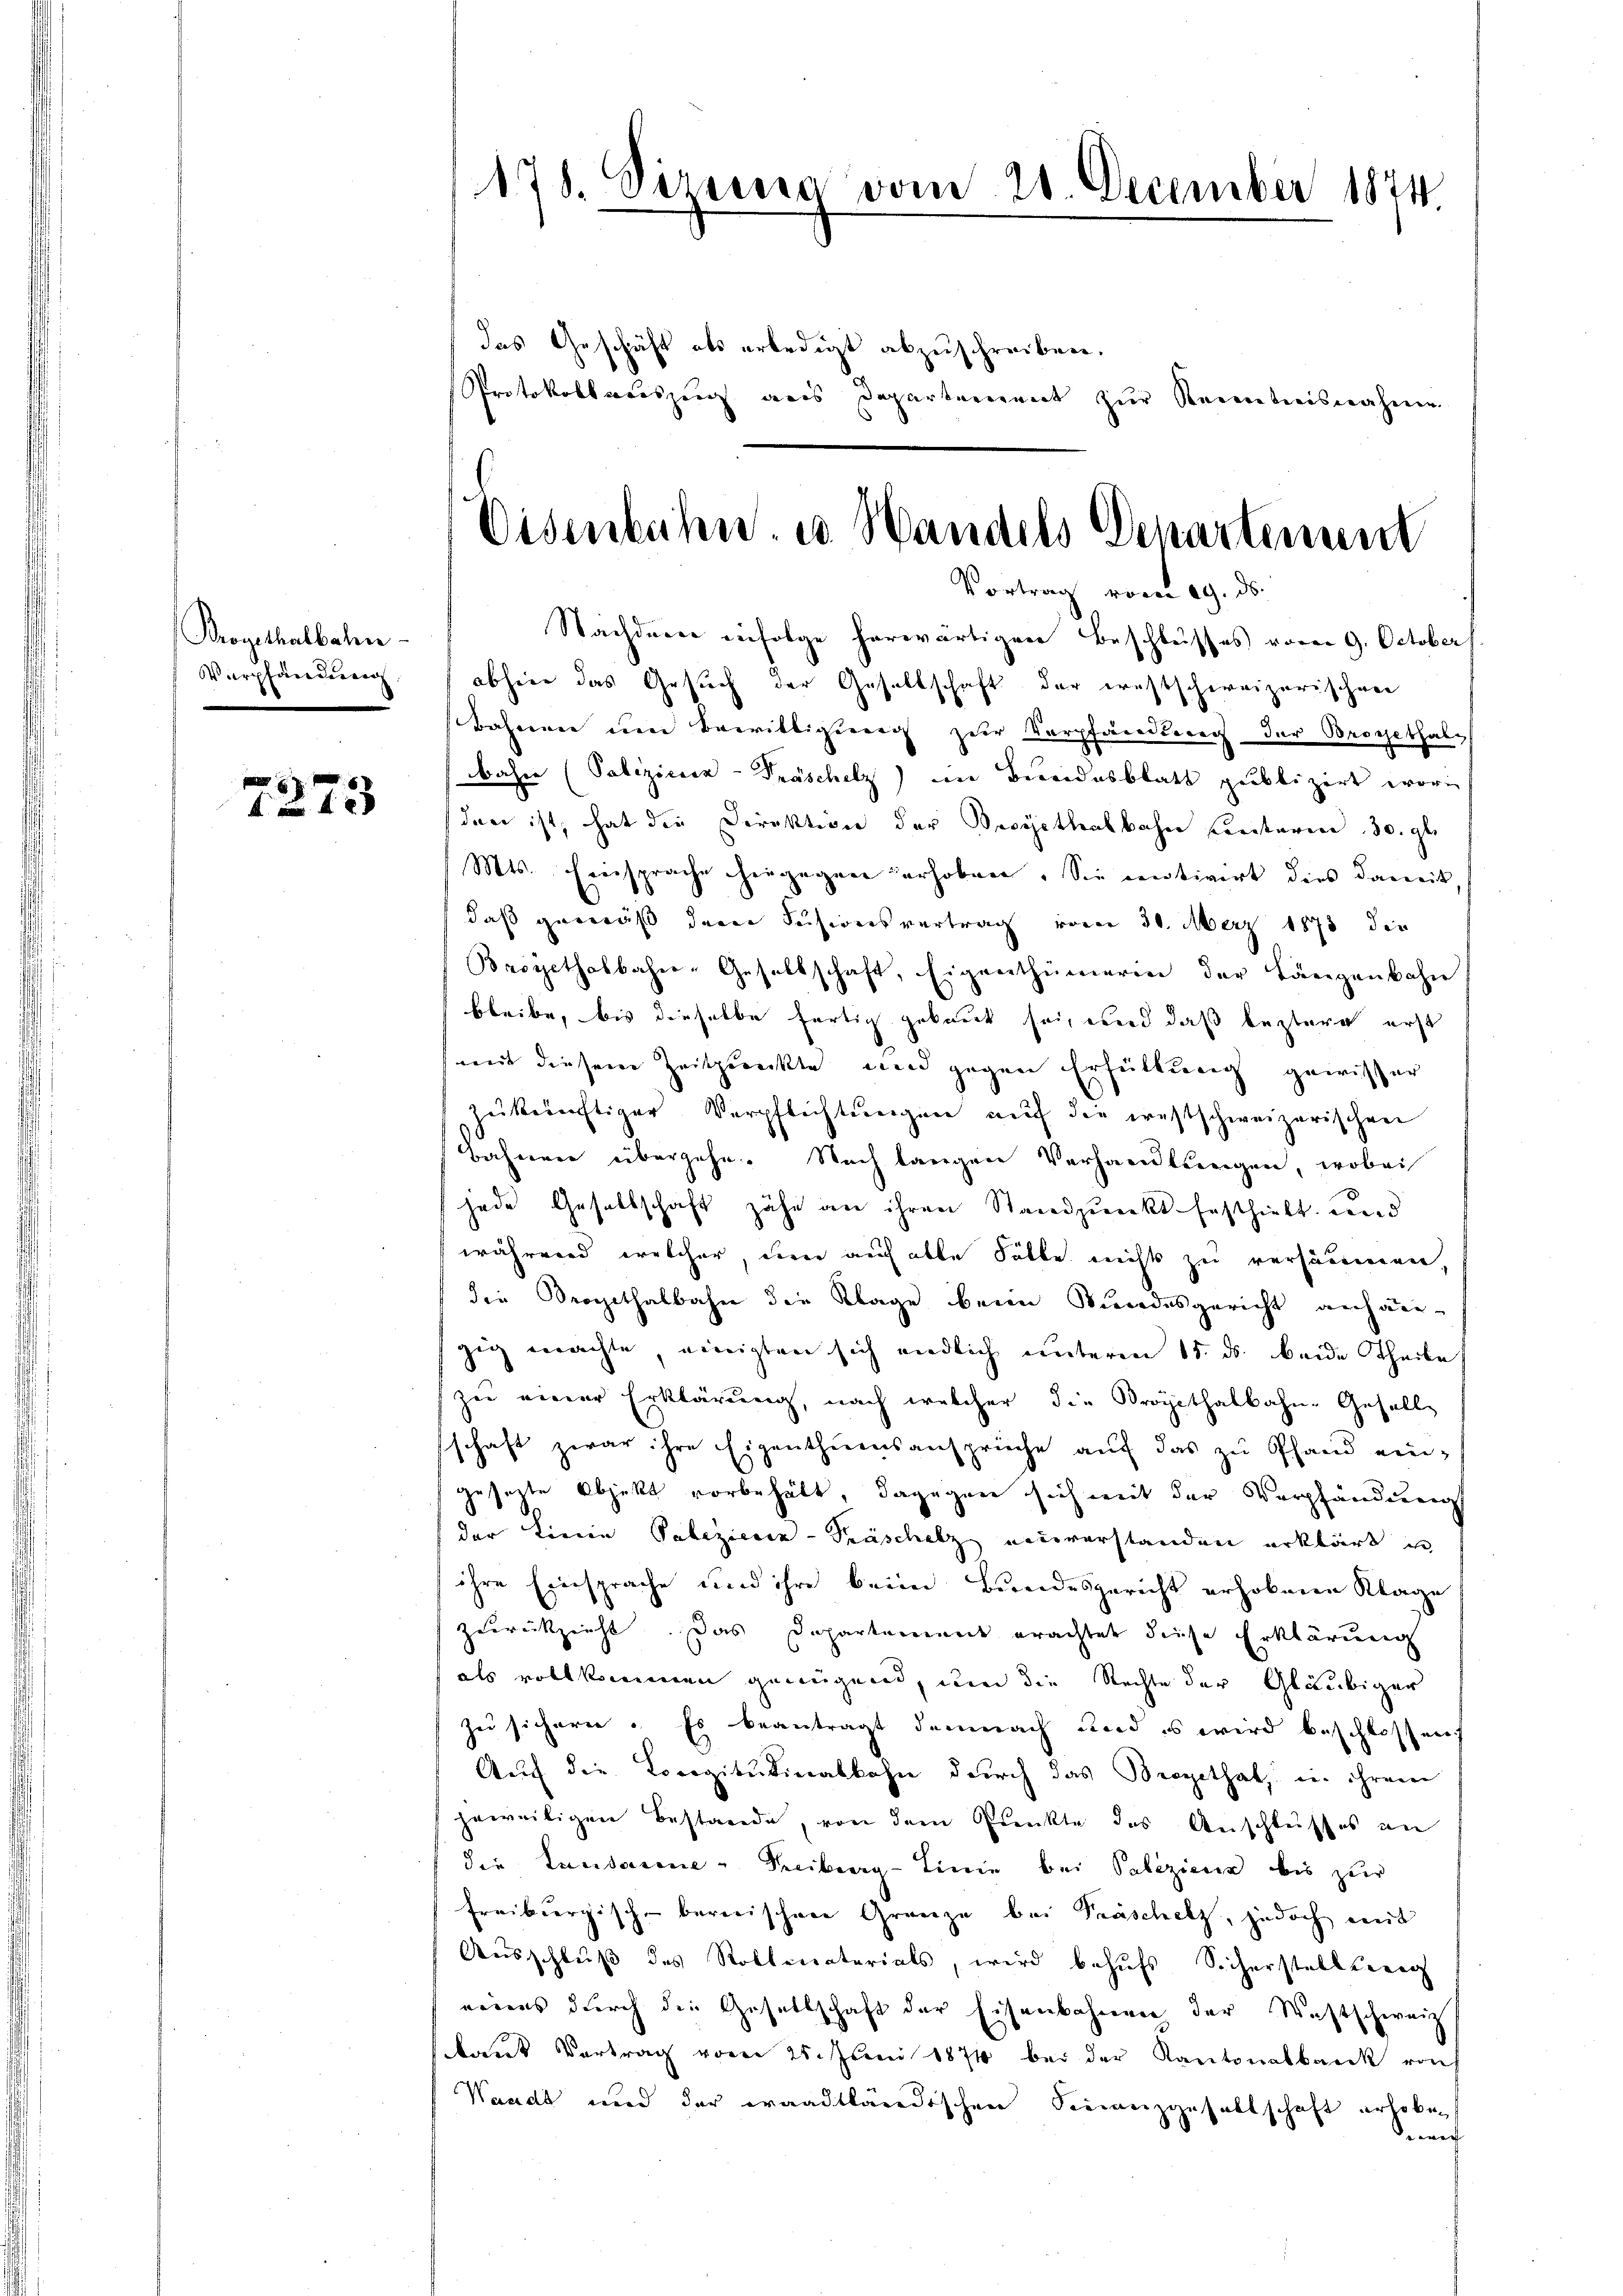
Brogethalbahn
Verpfandung

7273

178. Siziena vom 20 December 1874.

das Geschäft als erledigt abzuschreiben.
Protokollsauszug aus Departement zur Kenntnisnahme
Nachdener infolge herwärtiger Beschlusses vom 9. October
abhier das Gesuch der Gesellschaft der restschweizerischen
Bahnen um Bewilligung zur Verpfändung der Brogethalbahre (Palizier-Präschetz) im Bundesblatt publizirt worin
den ist, hat die Direktion der Beeyethalbahn Centarien 30. gl.
Mts. Einsprache hergegen erhoben. Sie motivirt dies damit,
daß gemäß den Fusionsvertrag vom 30. März 1873 die
Beigethalbahne-Gesellschaft, Eigenthümerin der Längenbahn
bleibe, bis dieselbe fertig gekaut sei, und daß leztern erst
mit diesem Zeitpunkte und gegen Erfüllung gewisser
zukünftiger Verpflichtungen auf die ernstschweizerischen
Bahnen übergehe. Nach langen Verhandlungen, wobei
jede Gesellschaft zähe an ihren Standpunkt festhielt und
während welcher, um auf alle Fälle nichts zu versäumen,
die Sergithalbahn die Klage beim Kundesgericht anhän-
zig machte, einigten sich endlich unterm 15. ds. beide Theile
zu einer Erklärung, nach welcher die Propithalbahne Geselle
schaft zwar ihre Eigenthumsansprüche aŭf das zu Pfand ein-
gesezte Objekt vorbehält, dagegenn sich mit der Verpfändung
der Linie Polizieren-Paschetz einverstanden erklärt u
ihre Einsprache und ihre beim Bundesgericht erhobenen Klage
zurückzeicht. Das Departement erachtet diese Erklärung
als vollkommen genügend, um die Rechte der Gläubiger
zu sichern. Es beantragt demnach und es wird beschlossen
Aŭf die Lorigitutinalbahn durch das Bregethat, in ihrem
jeweiligen Bestande, von dem Punkte des Anschlusses an
der Lausanne-Freiberg-Linie bei Polizien bis zur
freiburgisch-bernischene Gränze bei Präschelt, jedoch mit
Ausschluß des Rotheaterials, wird behŭfs Sicherstellteneg
reines durch die Gesellschaft der Eisenbahnen der Westschweiz
kaut Vertrag vom 25. Juni 1874 bei der Kantonalbank von
Waadt und der waadtländischen Finanzgesellschaft erhoben
Seen

Eisenbahn. es Handels Departemen
Vortrag vom 19. ds.